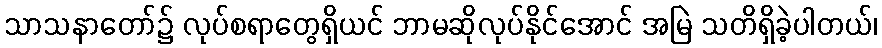
သာသနာတော်၌ လုပ်စရာတွေရှိယင် ဘာမဆိုလုပ်နိုင်အောင် အမြဲ သတိရှိခဲ့ပါတယ်၊